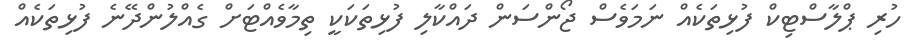
ހުރި ޕްލާސްޓިކް ފުޅިތަކެއް ނަމަވެސް ޖޯންސަން ދައްކާލި ފުޅިތަކަކީ ތިމާވެއްޓަށް ގެއްލުންދޭނެ ފުޅިތަކެއް